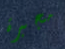
مجبرة